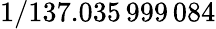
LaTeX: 1/137.035\, 999\, 084